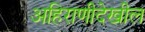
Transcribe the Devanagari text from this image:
अहिराणीदेखील